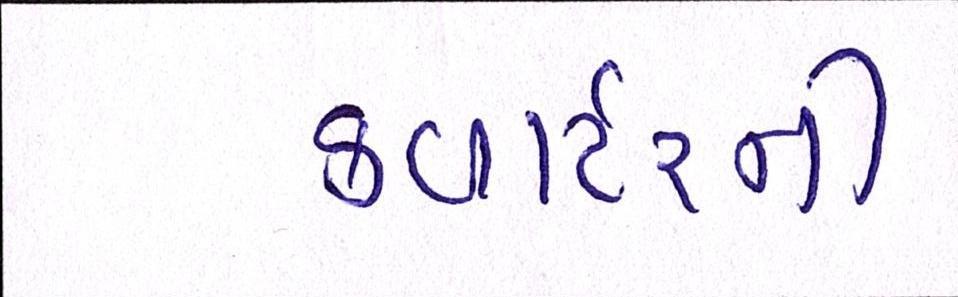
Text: ક્વાર્ટરની